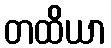
တထိယာ